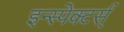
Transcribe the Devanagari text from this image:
इन्स्पेक्टर्स्